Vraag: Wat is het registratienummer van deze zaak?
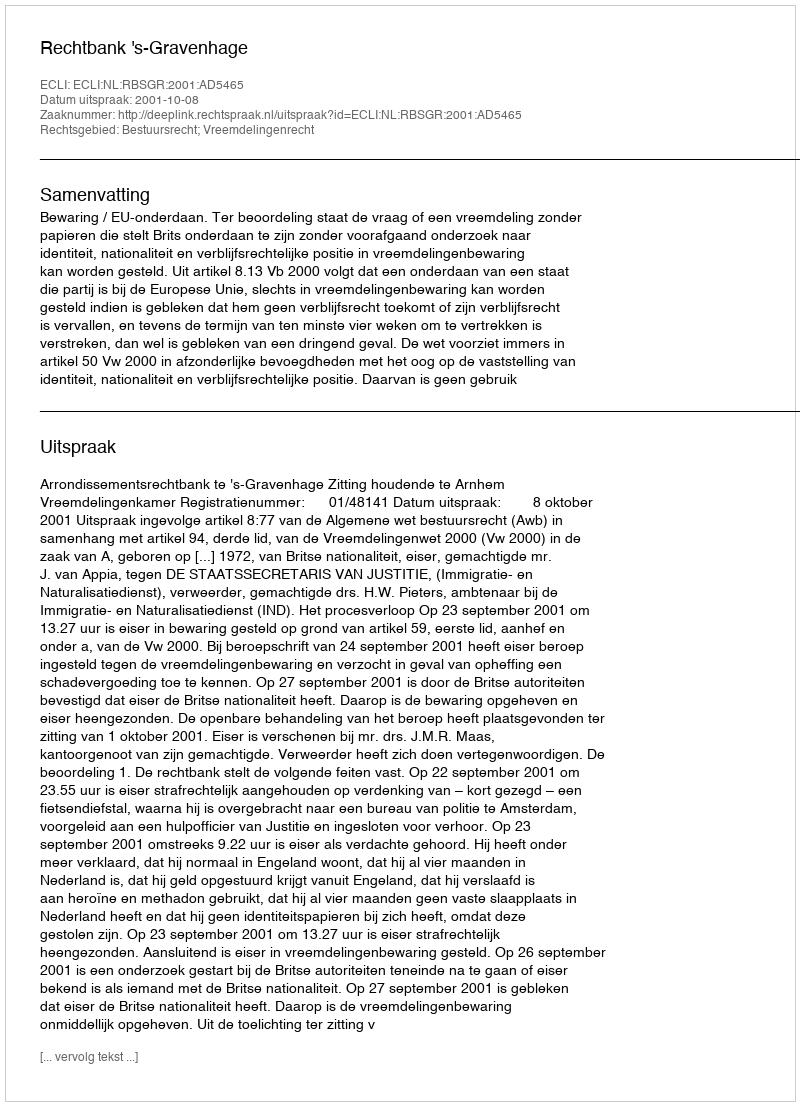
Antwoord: http://deeplink.rechtspraak.nl/uitspraak?id=ECLI:NL:RBSGR:2001:AD5465